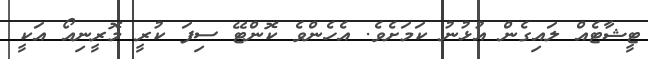
ޓީޝާޓެއް ލައިގެން އުޅުނު ކަމަށެވެ. އެހެންވެ ކޮންޓޭ ސިފަ ކުރީ މޮރީނިއޯ އަކީ